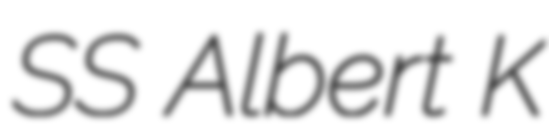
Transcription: SS Albert K